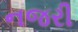
નજરી